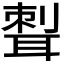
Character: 𦖝